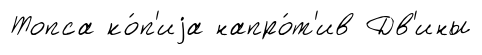
Топса ко́п'иjа напро́т'ив Дв'ины